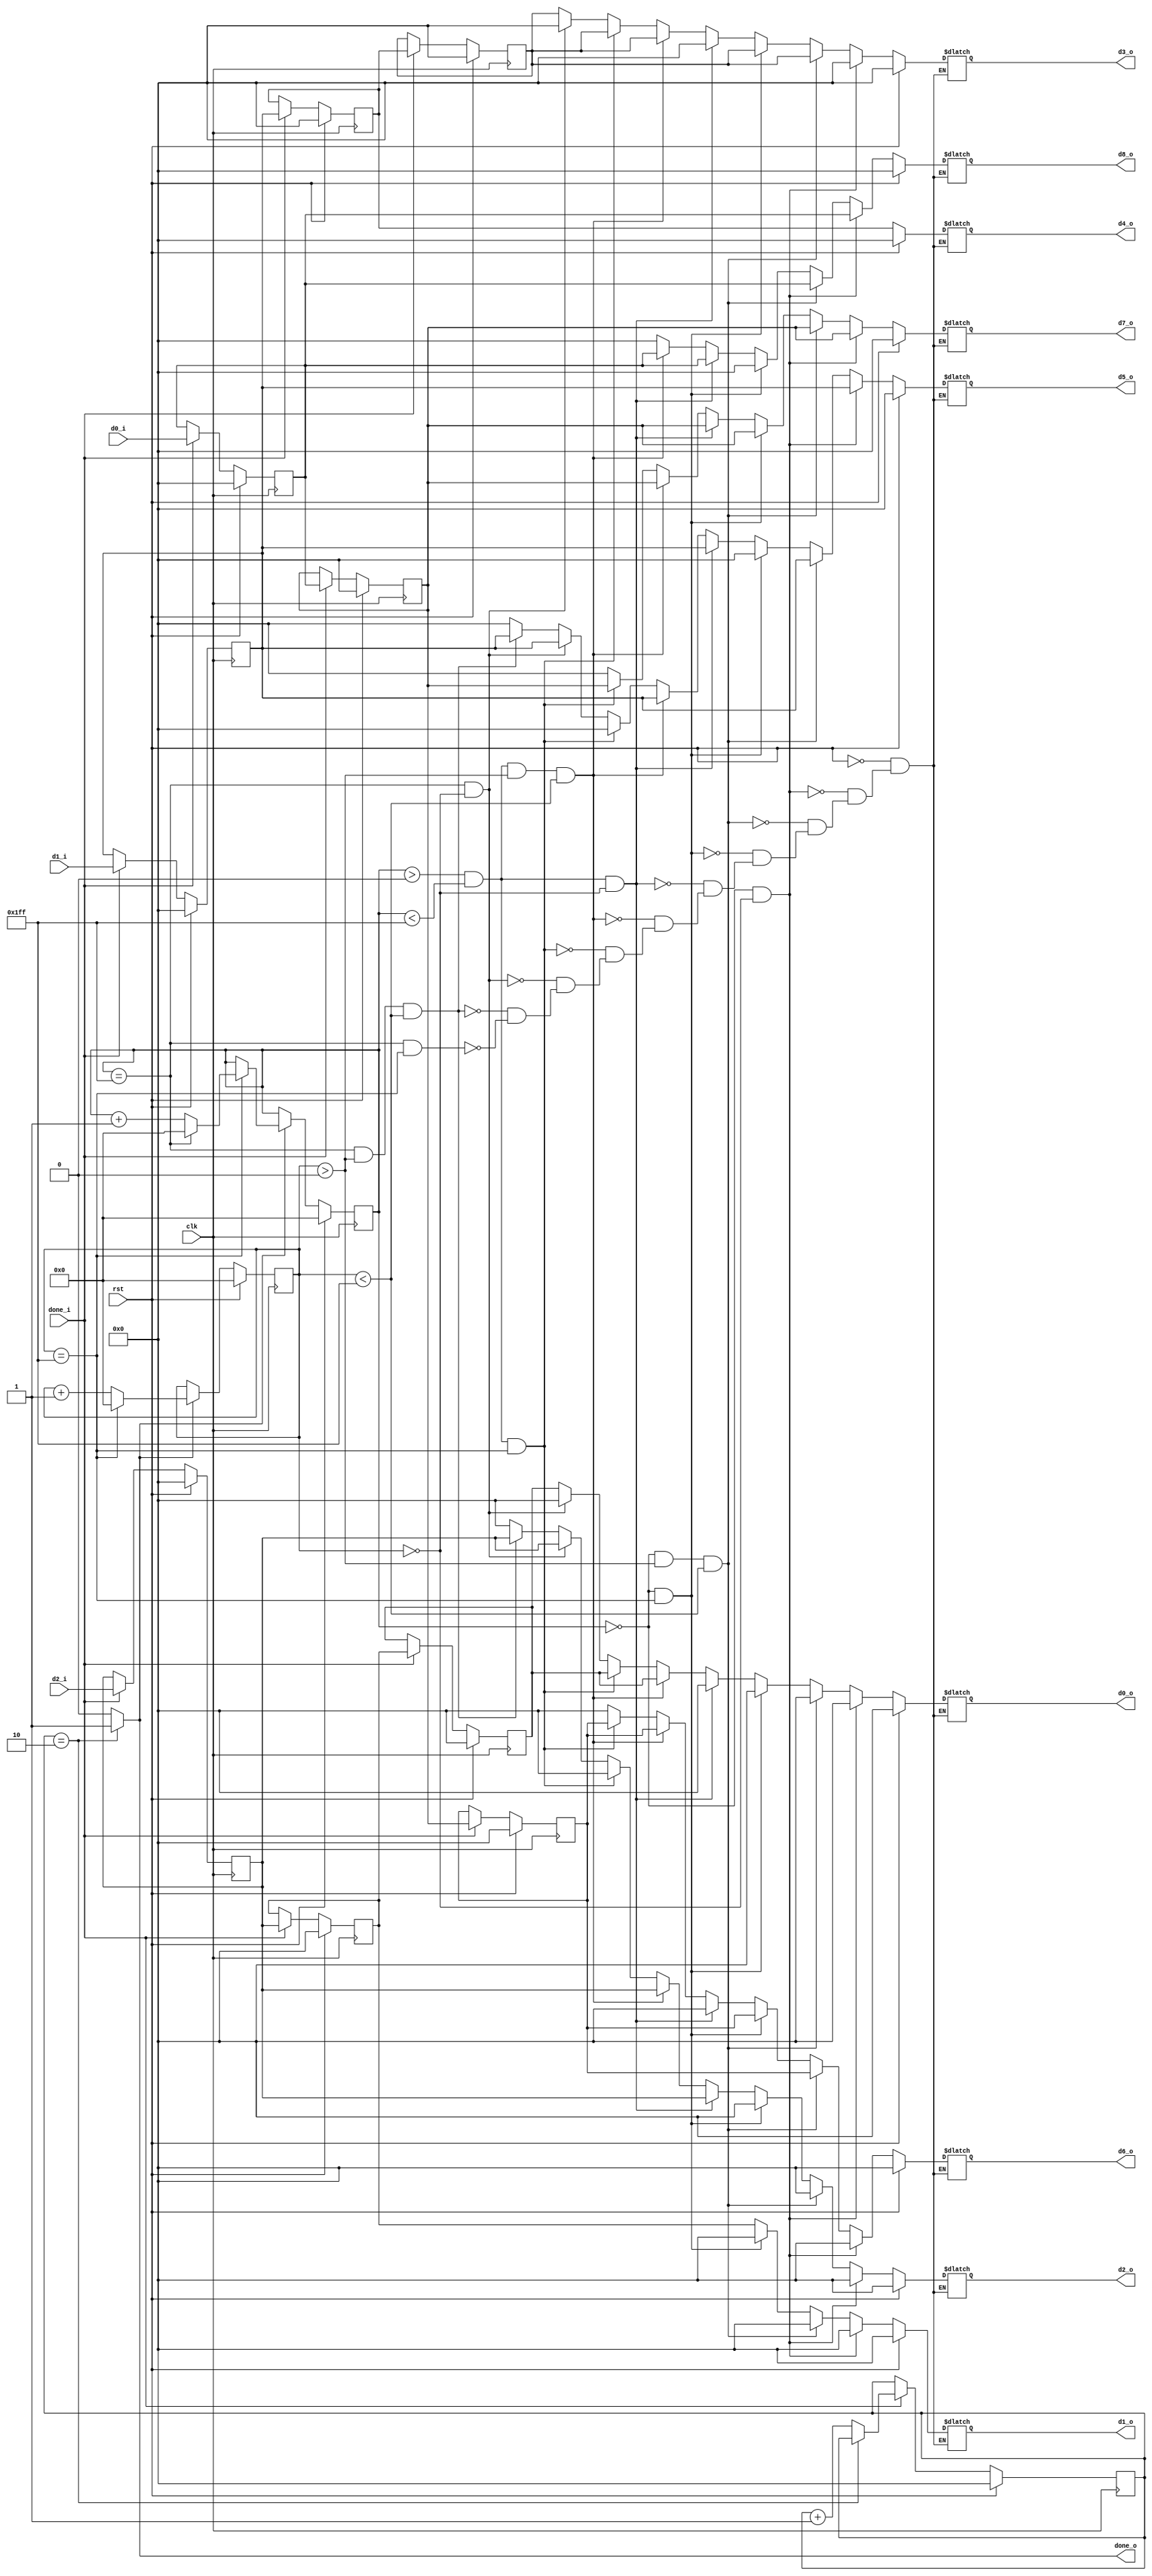
module sobel_data_modulate(
    input clk,
    input rst,

    input [7:0] d0_i,
    input [7:0] d1_i,
    input [7:0] d2_i,

    input done_i,

    output reg [7:0] d0_o,
    output reg [7:0] d1_o,
    output reg [7:0] d2_o,
    output reg [7:0] d3_o,
    output reg [7:0] d4_o,
    output reg [7:0] d5_o,
    output reg [7:0] d6_o,
    output reg [7:0] d7_o,
    output reg [7:0] d8_o,

    output done_o
);

//localparam ROWS = 480;
//localparam COLS = 640;

localparam ROWS = 512;
localparam COLS = 512;

//localparam ROWS = 5;
//localparam COLS = 6;

reg [9:0] iRows, iCols;

reg [7:0] iCounter;
reg [7:0] data0, data1, data2, data3, data4, data5, data6, data7, data8;

assign done_o = (iCounter == 2) ? 1 : 0;

//---------------------handle with iRows and iCols-------------------------
always @(posedge clk) begin
    if (rst) begin
        iRows <= 0;
        iCols <= 0;
    end else begin
        if (done_o == 1) begin
            iCols <= (iCols == COLS - 1) ? 0 : iCols + 1;
            if (iCols == COLS - 1) 
                iRows <= (iRows == ROWS - 1) ? 0 : iRows + 1;
        end
    end
end

//---------------------handle with 9 output data-------------------------
always @(*) begin
    if (rst) begin
        d0_o <= 0;          //------------- d0 d1 d2 -------------
        d1_o <= 0;          //------------- d3 d4 d5 -------------
        d2_o <= 0;          //------------- d6 d7 d8 -------------
        d3_o <= 0;
        d4_o <= 0;
        d5_o <= 0;
        d6_o <= 0;
        d7_o <= 0;
        d8_o <= 0;
    end else begin
        //-------pos 1 -----------------
        if (iRows == 0 && iCols == 0) begin
            d0_o <= 0;          
            d1_o <= 0;          
            d2_o <= 0;          
            d3_o <= 0;
            d4_o <= data4;
            d5_o <= data5;
            d6_o <= 0;
            d7_o <= data7;
            d8_o <= data8;
        //-------pos 2 ------------------
        end else if (iRows == 0 && iCols > 0 && iCols < COLS - 1) begin
            d0_o <= 0;          
            d1_o <= 0;          
            d2_o <= 0;          
            d3_o <= data3;
            d4_o <= data4;
            d5_o <= data5;
            d6_o <= data6;
            d7_o <= data7;
            d8_o <= data8;
        //-------pos 3 ------------------
        end else if (iRows == 0 && iCols == COLS - 1) begin
            d0_o <= 0;          
            d1_o <= 0;          
            d2_o <= 0;          
            d3_o <= data3;
            d4_o <= data4;
            d5_o <= 0;
            d6_o <= data6;
            d7_o <= data7;
            d8_o <= 0;
        //-------pos 4 ------------------
        end else if (iRows > 0 && iRows < ROWS - 1 && iCols == 0) begin
            d0_o <= 0;          
            d1_o <= data1;          
            d2_o <= data2;          
            d3_o <= 0;
            d4_o <= data4;
            d5_o <= data5;
            d6_o <= 0;
            d7_o <= data7;
            d8_o <= data8;
        //-------pos 5 ------------------
        end else if (iRows > 0 && iRows < ROWS - 1 && iCols > 0 && iCols < COLS - 1) begin
            d0_o <= data0;          
            d1_o <= data1;          
            d2_o <= data2;          
            d3_o <= data3;
            d4_o <= data4;
            d5_o <= data5;
            d6_o <= data6;
            d7_o <= data7;
            d8_o <= data8;
        //-------pos 6 ------------------
        end else if (iRows > 0 && iRows < ROWS - 1 && iCols == COLS - 1) begin
            d0_o <= data0;          
            d1_o <= data1;          
            d2_o <= 0;          
            d3_o <= data3;
            d4_o <= data4;
            d5_o <= 0;
            d6_o <= data6;
            d7_o <= data7;
            d8_o <= 0;
        //-------pos 7 ------------------
        end else if (iRows == ROWS - 1 && iCols == 0) begin
            d0_o <= 0;          
            d1_o <= data1;          
            d2_o <= data2;          
            d3_o <= 0;
            d4_o <= data4;
            d5_o <= data5;
            d6_o <= 0;
            d7_o <= 0;
            d8_o <= 0;
        //-------pos 8 ------------------
        end else if (iRows == ROWS - 1 && iCols > 0 && iCols < COLS - 1) begin
            d0_o <= data0;          
            d1_o <= data1;          
            d2_o <= data2;          
            d3_o <= data3;
            d4_o <= data4;
            d5_o <= data5;
            d6_o <= 0;
            d7_o <= 0;
            d8_o <= 0;
        //-------pos 8 ------------------
        end else if (iRows == ROWS - 1 && iCols == COLS - 1) begin
            d0_o <= data0;          
            d1_o <= data1;          
            d2_o <= 0;          
            d3_o <= data3;
            d4_o <= data4;
            d5_o <= 0;
            d6_o <= 0;
            d7_o <= 0;
            d8_o <= 0;
        end
    end
end

//---------------------handle with iCounter-------------------------
always @(posedge clk) begin
    if (rst) begin
        iCounter <= 0;
    end else begin
        if (done_i == 1) begin
            iCounter <= (iCounter == 2) ? iCounter : iCounter + 1;
        end
    end
end

//-------------------------shift data------------------------------------
always @(posedge clk) begin
    if (rst) begin
        data0 <= 0;
        data1 <= 0;
        data2 <= 0;
        data3 <= 0;
        data4 <= 0;
        data5 <= 0;
        data6 <= 0;
        data7 <= 0;
        data8 <= 0;
    end else begin
        if (done_i == 1) begin
            data0 <= data1;
            data1 <= data2;
            data2 <= d2_i;

            data3 <= data4;
            data4 <= data5;
            data5 <= d1_i;

            data6 <= data7;
            data7 <= data8;
            data8 <= d0_i;
        end

    end

end
endmodule